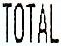
TOTAL